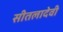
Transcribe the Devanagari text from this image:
सीतलादेवी